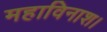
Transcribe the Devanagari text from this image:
महाविनाश।